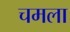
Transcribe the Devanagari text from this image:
चमला